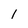
Character: 1